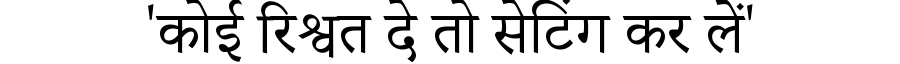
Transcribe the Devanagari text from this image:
'कोई रिश्वत दे तो सेटिंग कर लें'